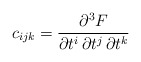
\begin{align*}c_{ijk}=\frac{\partial ^3F}{\partial t^i\,\partial t^j \, \partial t^k}\end{align*}